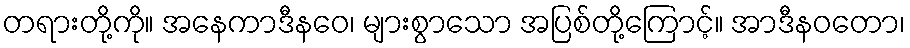
တရားတို့ကို။ အနေကာဒီနဝေ၊ များစွာသော အပြစ်တို့ကြောင့်။ အာဒီနဝတော၊